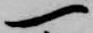
一